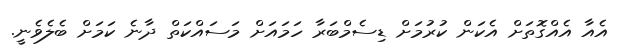
އެއާ އެއްގޮތަށް އެކަން ކުރުމަށް ޑިސެމްބަރާ ހަމައަށް މަސައްކަތް ދާނެ ކަމަށް ބެލެވެނީ.